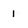
Character: 1